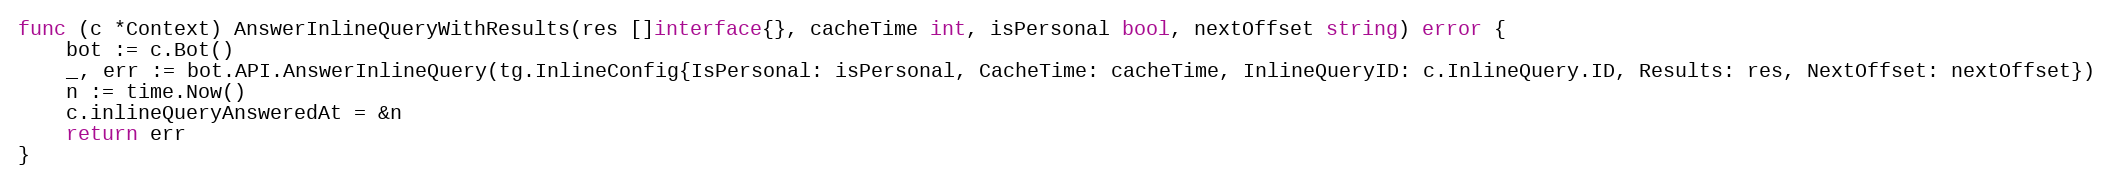
Language: Go
func (c *Context) AnswerInlineQueryWithResults(res []interface{}, cacheTime int, isPersonal bool, nextOffset string) error {
	bot := c.Bot()
	_, err := bot.API.AnswerInlineQuery(tg.InlineConfig{IsPersonal: isPersonal, CacheTime: cacheTime, InlineQueryID: c.InlineQuery.ID, Results: res, NextOffset: nextOffset})
	n := time.Now()
	c.inlineQueryAnsweredAt = &n
	return err
}